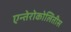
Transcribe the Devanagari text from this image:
एन्तेरोकोलितीस